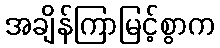
အချိန်ကြာမြင့်စွာက